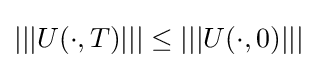
\left|\left|\left|U(\cdot ,T)\right|\right|\right|\leq \left|\left|\left|U(\cdot ,0)\right|\right|\right|